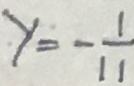
y = - \frac { 1 } { 1 1 }